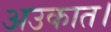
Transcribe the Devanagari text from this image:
अउकात।